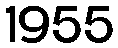
1955